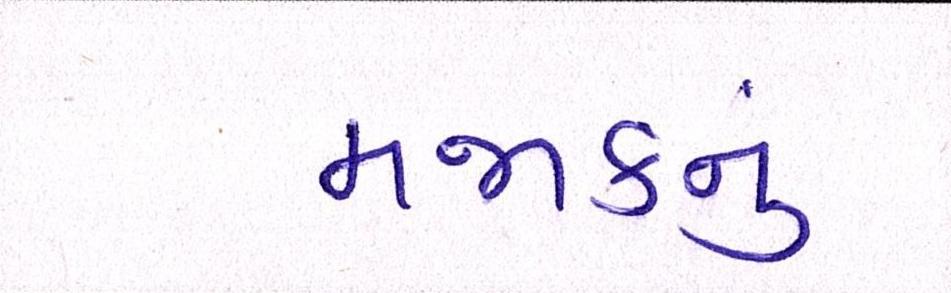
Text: મજાકનું